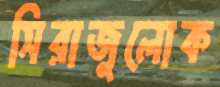
সিরাজুলোক